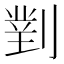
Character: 𭄈